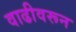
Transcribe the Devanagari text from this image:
वाढीवरून